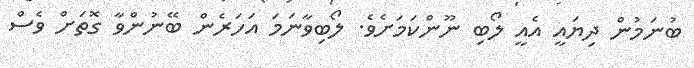
ބުނަމުން ދިޔައީ އެއީ ލޯބި ނޫންކަމަށެވެ. ލޯބިވާނަމަ އަހަރެން ބޭނުންވާ ގޮތަށް ވެސް